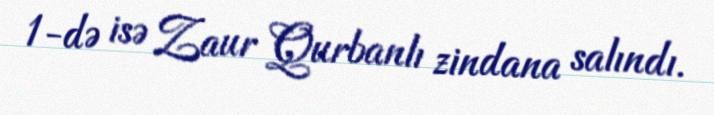
1-də isə Zaur Qurbanlı zindana salındı.